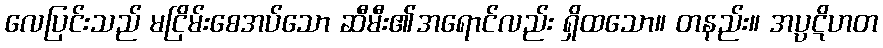
လေပြင်းသည် မငြိမ်းစေအပ်သော ဆီမီး၏အရောင်လည်း ရှိထသော။ တနည်း။ အပ္ပဋိဟတ